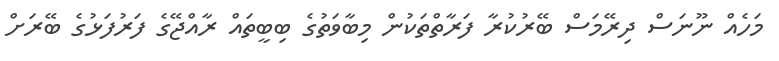
މަހެއް ނޫނަސް ދިރޭމަސް ބޭރުކުރާ ފަރާތްތަކުން މިބާވަތުގެ ބިބީތައް ރާއްޖޭގެ ފަރުފަޅުގެ ބޭރަށް